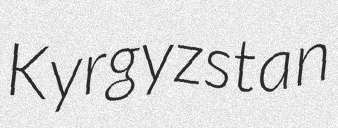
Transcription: Kyrgyzstan